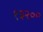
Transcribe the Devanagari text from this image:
१३२००